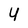
Character: U